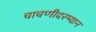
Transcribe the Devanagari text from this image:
चाचणीदरम्यान